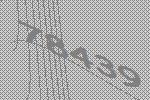
78439